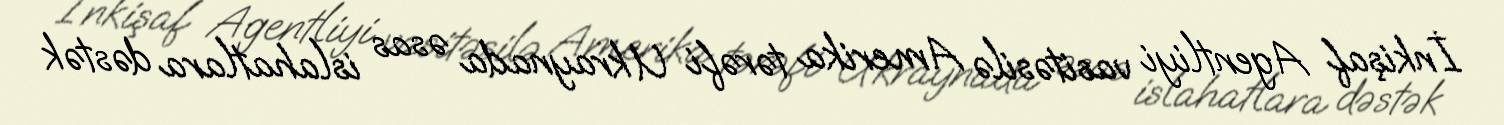
İnkişaf Agentliyi vasitəsilə Amerika tərəfi Ukraynada əsas islahatlara dəstək